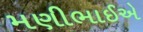
મણીભાઈએ